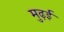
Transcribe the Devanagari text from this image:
मुढ़ई